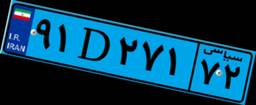
۹۱D۲۷۱۷۲